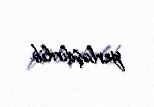
yerləşdirilib.